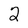
Character: 2